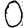
Digit: 0